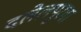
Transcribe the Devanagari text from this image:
दलेलपुरवा